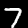
Digit: 7